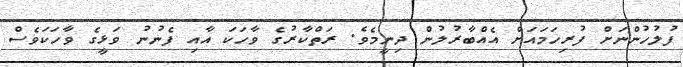
ފުލުހުންނަށް ފުރިހަމައަށް އެއްބާރުލުން ދިނީމެވެ. ރަތްކާރުގެ ވާހަކަ އާއި ފެނުނު ވަޅީގެ ވާހަކަވެސް